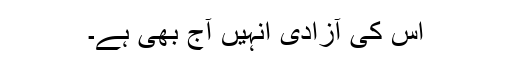
اس کی آزادی اُنہیں آج بھی ہے۔